Civil Veterinary Department Bihar reports 1936-40 - 1936-1940
Year: 1936
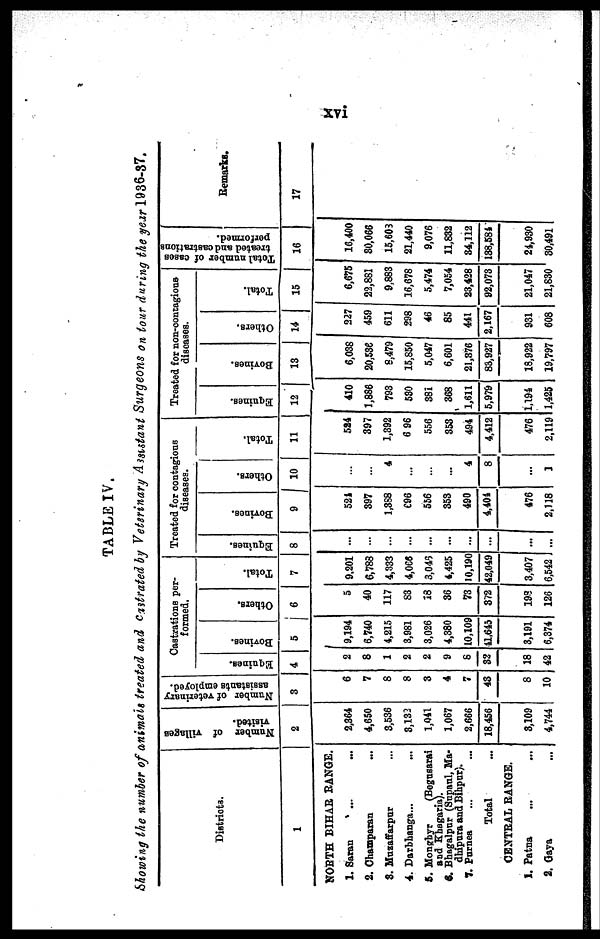
xvi
TABLE IV.
Showing the number of animals treated and castrated by Veterinary Assistant Surgeons on lour during the year 1936-37.
Districts.
1
NORTH BIHAR RANGE.
1. Saran ... ...
2. Champaran ...
3. Muzaffarpur ...
4. Darbhanga... …
5. Monghyr
(Begusarai
and Khagaria).
6. Bhagalpur (Supaul, Ma-
dhipura and Bihpur).
7. Purnea ... ...
Total …
CENTRAL RANGE.
1. Patna... ...
2. Gaya ...
Number of villages
visited.
2
2,364
4,650
3,536
3,132
1,041
1,067
2,666
18,456
3,109
4,744
Number of veterinary
assistants employed.
3
6
7
8
8
3
4
7
43
8
10
Castrations per-
formed.
Equines.
4
2
8
1
2
2
9
8
32
18
42
Bovines.
5
9,194
6,740
4,215
3,981
3,026
4,380
10,109
41,645
3,191
6,374
Others.
6
5
40
117
83
18
36
73
372
193
126
Total.
7
9.201
6,788
4,333
4,065
3,045
4,425
10,190
42,049
3,407
6,542
Treated for contagious
diseases.
Equines.
8
...
…
...
...
...
...
...
...
...
...
Bovines.
9
524
397
1,388
696
556
353
490
4,404
476
2,118
Others.
10
…
…
4
...
…
...
4
8
...
1
Total.
11
524
397
1,392
6 96
556
353
494
4,412
476
2,119
Treated for non-contagious-
diseases.
Equines.
12
410
1,886
793
530
381
368
1,611
5,979
1,194
1,425
Bovines.
13
6,038
20,58e
8,479
15,850
5,047
6,601
21,376
83,927
18,922
19,797
Others.
14
227
459
611
298
46
85
441
2,167
931
608
Total.
15
6,675
22,881
9,883
16,678
5,474
7,054
23,428
92,073
21,047
21,830
Total number of cases
treated and castrations
performed.
16
16,400
80,066
15,603
21,440
9,076
11,832
34,112
138,584
24,930
30,491
Remarks.
17